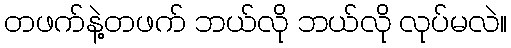
တဖက်နဲ့တဖက် ဘယ်လို ဘယ်လို လုပ်မလဲ။